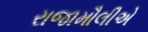
રાજામૌલીએ